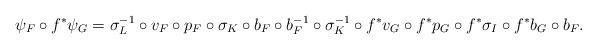
LaTeX: \begin{align*}\psi_F \circ f^*\psi_G = \sigma_L^{-1} \circ v_F \circ p_F \circ \sigma_K \circ b_F \circ b_F^{-1} \circ \sigma_K^{-1} \circ f^\ast v_G \circ f^\ast p_G \circ f^\ast \sigma_I \circ f^\ast b_G \circ b_F.\end{align*}